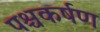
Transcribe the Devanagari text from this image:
पश्चकर्षण